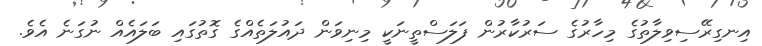
އިނގިރޭސިވިލާތުގެ މިހާރުގެ ސަރުކާރުން ފަލަސްތީނަކީ މިނިވަން ދައުލަތެއްގެ ގޮތުގައި ބަލައެއް ނުގަނެ އެވެ.